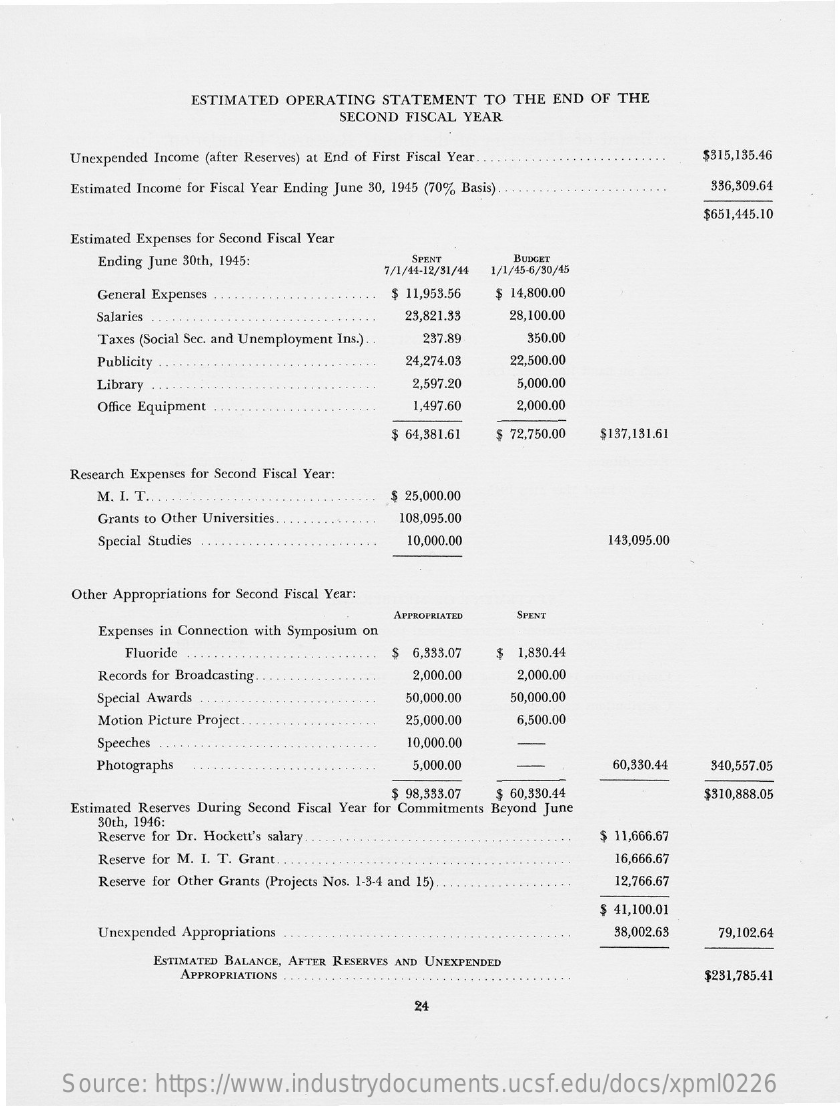
ESTIMATED OPERATING STATEMENT TO THE END OF THE
     SECOND FISCAL YEAR
     Unexpended Income (after Reserves) at End of First Fiscal Year ... $315,135.46
     Estimated Income for Fiscal Year Ending June 30, 1945 (70% Basis) 336,309.64
     $651,445.10
     Estimated Expenses for Second Fiscal Year
     Ending June 30th, 1945:    SPENT
     7/1/44-12/81/44
     BUDGET
     1/1/45-6/30/45
     General Expenses    $ 11,953.56 $ 14,800.00
     Salaries . .    23,821.33 28,100.00
     Taxes (Social Sec. and Unemployment Ins.) . . 237.89 350.00
     Publicity    24,274.03 22,500.00
     Library    2,597.20  5,000.00
     Office Equipment    1,497.60  2,000.00
     $ 64,381.61 $ 72,750.00 $137,131.61
     Research Expenses for Second Fiscal Year:
     M. I. T .. .    $ 25,000.00
     Grants to Other Universities 108,095.00
     Special Studies    10,000.00    143,095.00
     Other Appropriations for Second Fiscal Year:
     APPROPRIATED SPENT
     Expenses in Connection with Symposium on
     Fluoride    $ 6,333.07 $ 1,830.44
     Records for Broadcasting ..   2,000.00  2,000.00
     Special Awards    50,000.00 50,000.00
     Motion Picture Project ..    25,000.00  6,500.00
     Speeches    10,000.00
     Photographs    5,000.00    60,330.44 840,557.05
     Estimated Reserves During Second Fiscal Year for Commitments Beyond June
     $ 98,333.07 $ 60,330.44    $310,888.05
     30th, 1946:
     Reserve for Dr. Hockett's salary.    $ 11,666.67
     Reserve for M. I. T. Grant ..    16,666.67
     Reserve for Other Grants (Projects Nos. 1-3-4 and 15) . 12,766.67
     $ 41,100.01
     Unexpended Appropriations    38,002.63 79,102.64
     ESTIMATED BALANCE, AFTER RESERVES AND UNEXPENDED
     APPROPRIATIONS    $231,785.41
     24
     Source: https://www.industrydocuments.ucsf.edu/docs/xpml0226